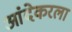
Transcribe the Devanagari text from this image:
आंदेकरला